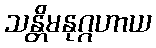
သန္တိမနုဂ္ဂဟာယ